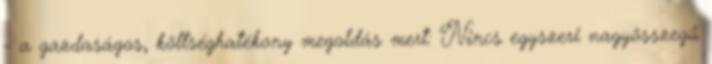
- a gazdaságos, költséghatékony megoldás mert: Nincs egyszeri nagyösszegű